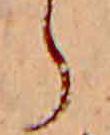
ら